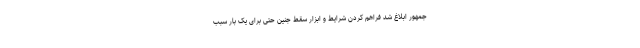
جمهور ابلاغ شد فراهم کردن شرایط و ابزار سقط جنین حتی برای یک بار سبب